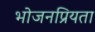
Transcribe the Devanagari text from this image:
भोजनप्रियता